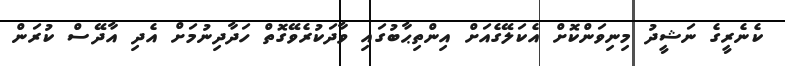
ކެނެރީގެ ނަޝީދު މިނިވަންކޮށް އެކަލޭގެއަށް އިންތިޙާބުގައި ވާދަކުރެވޭގޮތް ހަދާދިނުމަށް އެދި އާދޭސް ކުރަން